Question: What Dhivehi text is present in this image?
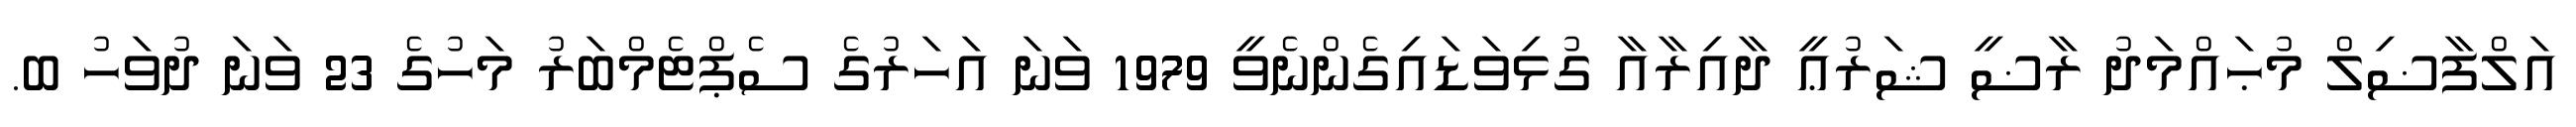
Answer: އަލްފާޟިލް މުޙައްމަދު ރާޟީ ޝަރުޢީ ދާއިރާއާ ގުޅިވަޑައިގެންނެވީ 1979 ވަނަ އަހަރުގެ ސެޕްޓެމްބަރު މަހުގެ 23 ވަނަ ދުވަހު ބ.